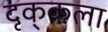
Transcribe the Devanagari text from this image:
दृक्‌कला